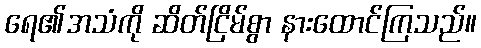
ရေ၏အသံကို ဆိတ်ငြိမ်စွာ နားထောင်ကြသည်။